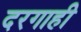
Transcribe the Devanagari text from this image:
दरगाही